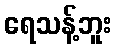
ရေသန့်ဘူး